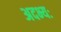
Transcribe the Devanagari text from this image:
अदभ्यः